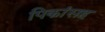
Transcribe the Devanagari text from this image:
पिकांसह